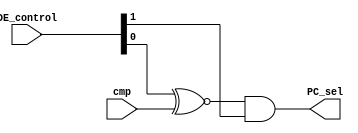
`timescale 1ns / 1ps
//////////////////////////////////////////////////////////////////////////////////
// Company: 
// Engineer: 
// 
// Design Name: 
// Module Name:    branch_logic 
// Project Name: 
// Target Devices: 
// Tool versions: 
// Description: 
//
// Dependencies: 
//
// Revision: 
// Revision 0.01 - File Created
// Additional Comments: 
//
//////////////////////////////////////////////////////////////////////////////////
module branch_logic(
							input [1:0] DE_control,
							input cmp,
							//input jump_sel,
							output reg PC_sel
							);

initial PC_sel=0;
always @(*)
PC_sel = ((DE_control[0] ~^ cmp) & DE_control[1]);
//PC_sel = (((DE_control[0] ~^ cmp) & DE_control[1]) || jump_sel);




endmodule